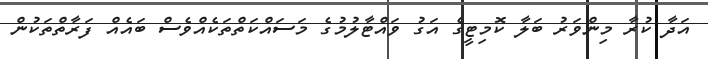
އަދާ ކުރާ މިންވަރު ބަލާ ކޮމިޓީގެ އަގު ވައްޓާލުމުގެ މަސައްކަތްތަކެއްވެސް ބައެއް ފަރާތްތަކުން